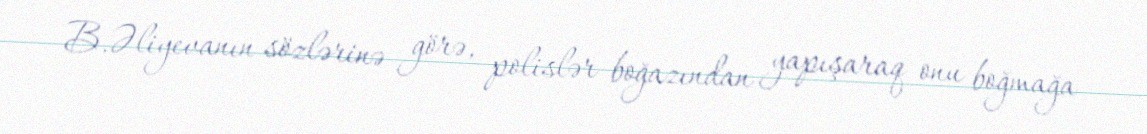
B.Əliyevanın sözlərinə görə, polislər boğazından yapışaraq onu boğmağa